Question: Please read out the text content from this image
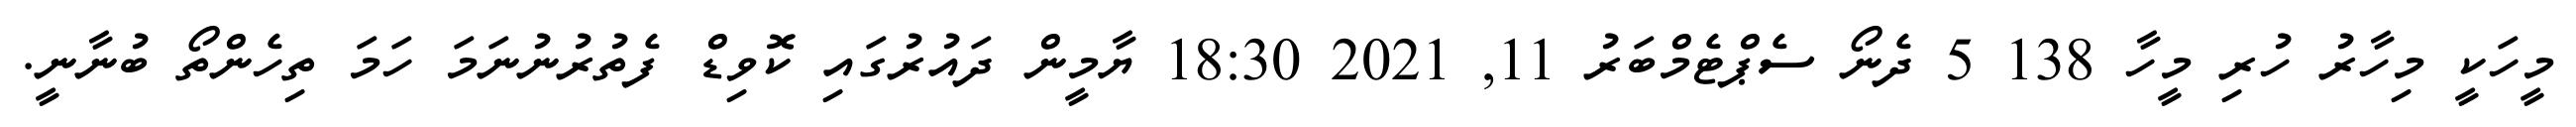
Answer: މީހަކީ މިހާރު ހުރި މީހާ 138 5 ދެނޯ ސެޕްޓެމްބަރު 11, 2021 18:30 ޔާމީން ދައުރުގައި ކޮވިޑް ފެތުރުނުނަމަ ހަމަ ތިހެންތޯ ބުނާނީ.